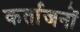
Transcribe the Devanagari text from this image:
कर्ताजनों